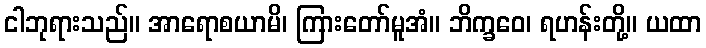
ငါဘုရားသည်။ အာရောစယာမိ၊ ကြားတော်မူအံ။ ဘိက္ခဝေ၊ ရဟန်းတို့။ ယထာ